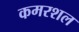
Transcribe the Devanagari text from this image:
कमरशल